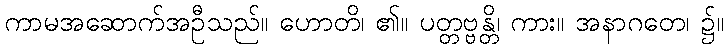
ကာမအဆောက်အဦသည်။ ဟောတိ၊ ၏။ ပတ္တဗ္ဗန္တိ၊ ကား။ အနာဂတေ၊ ၌။